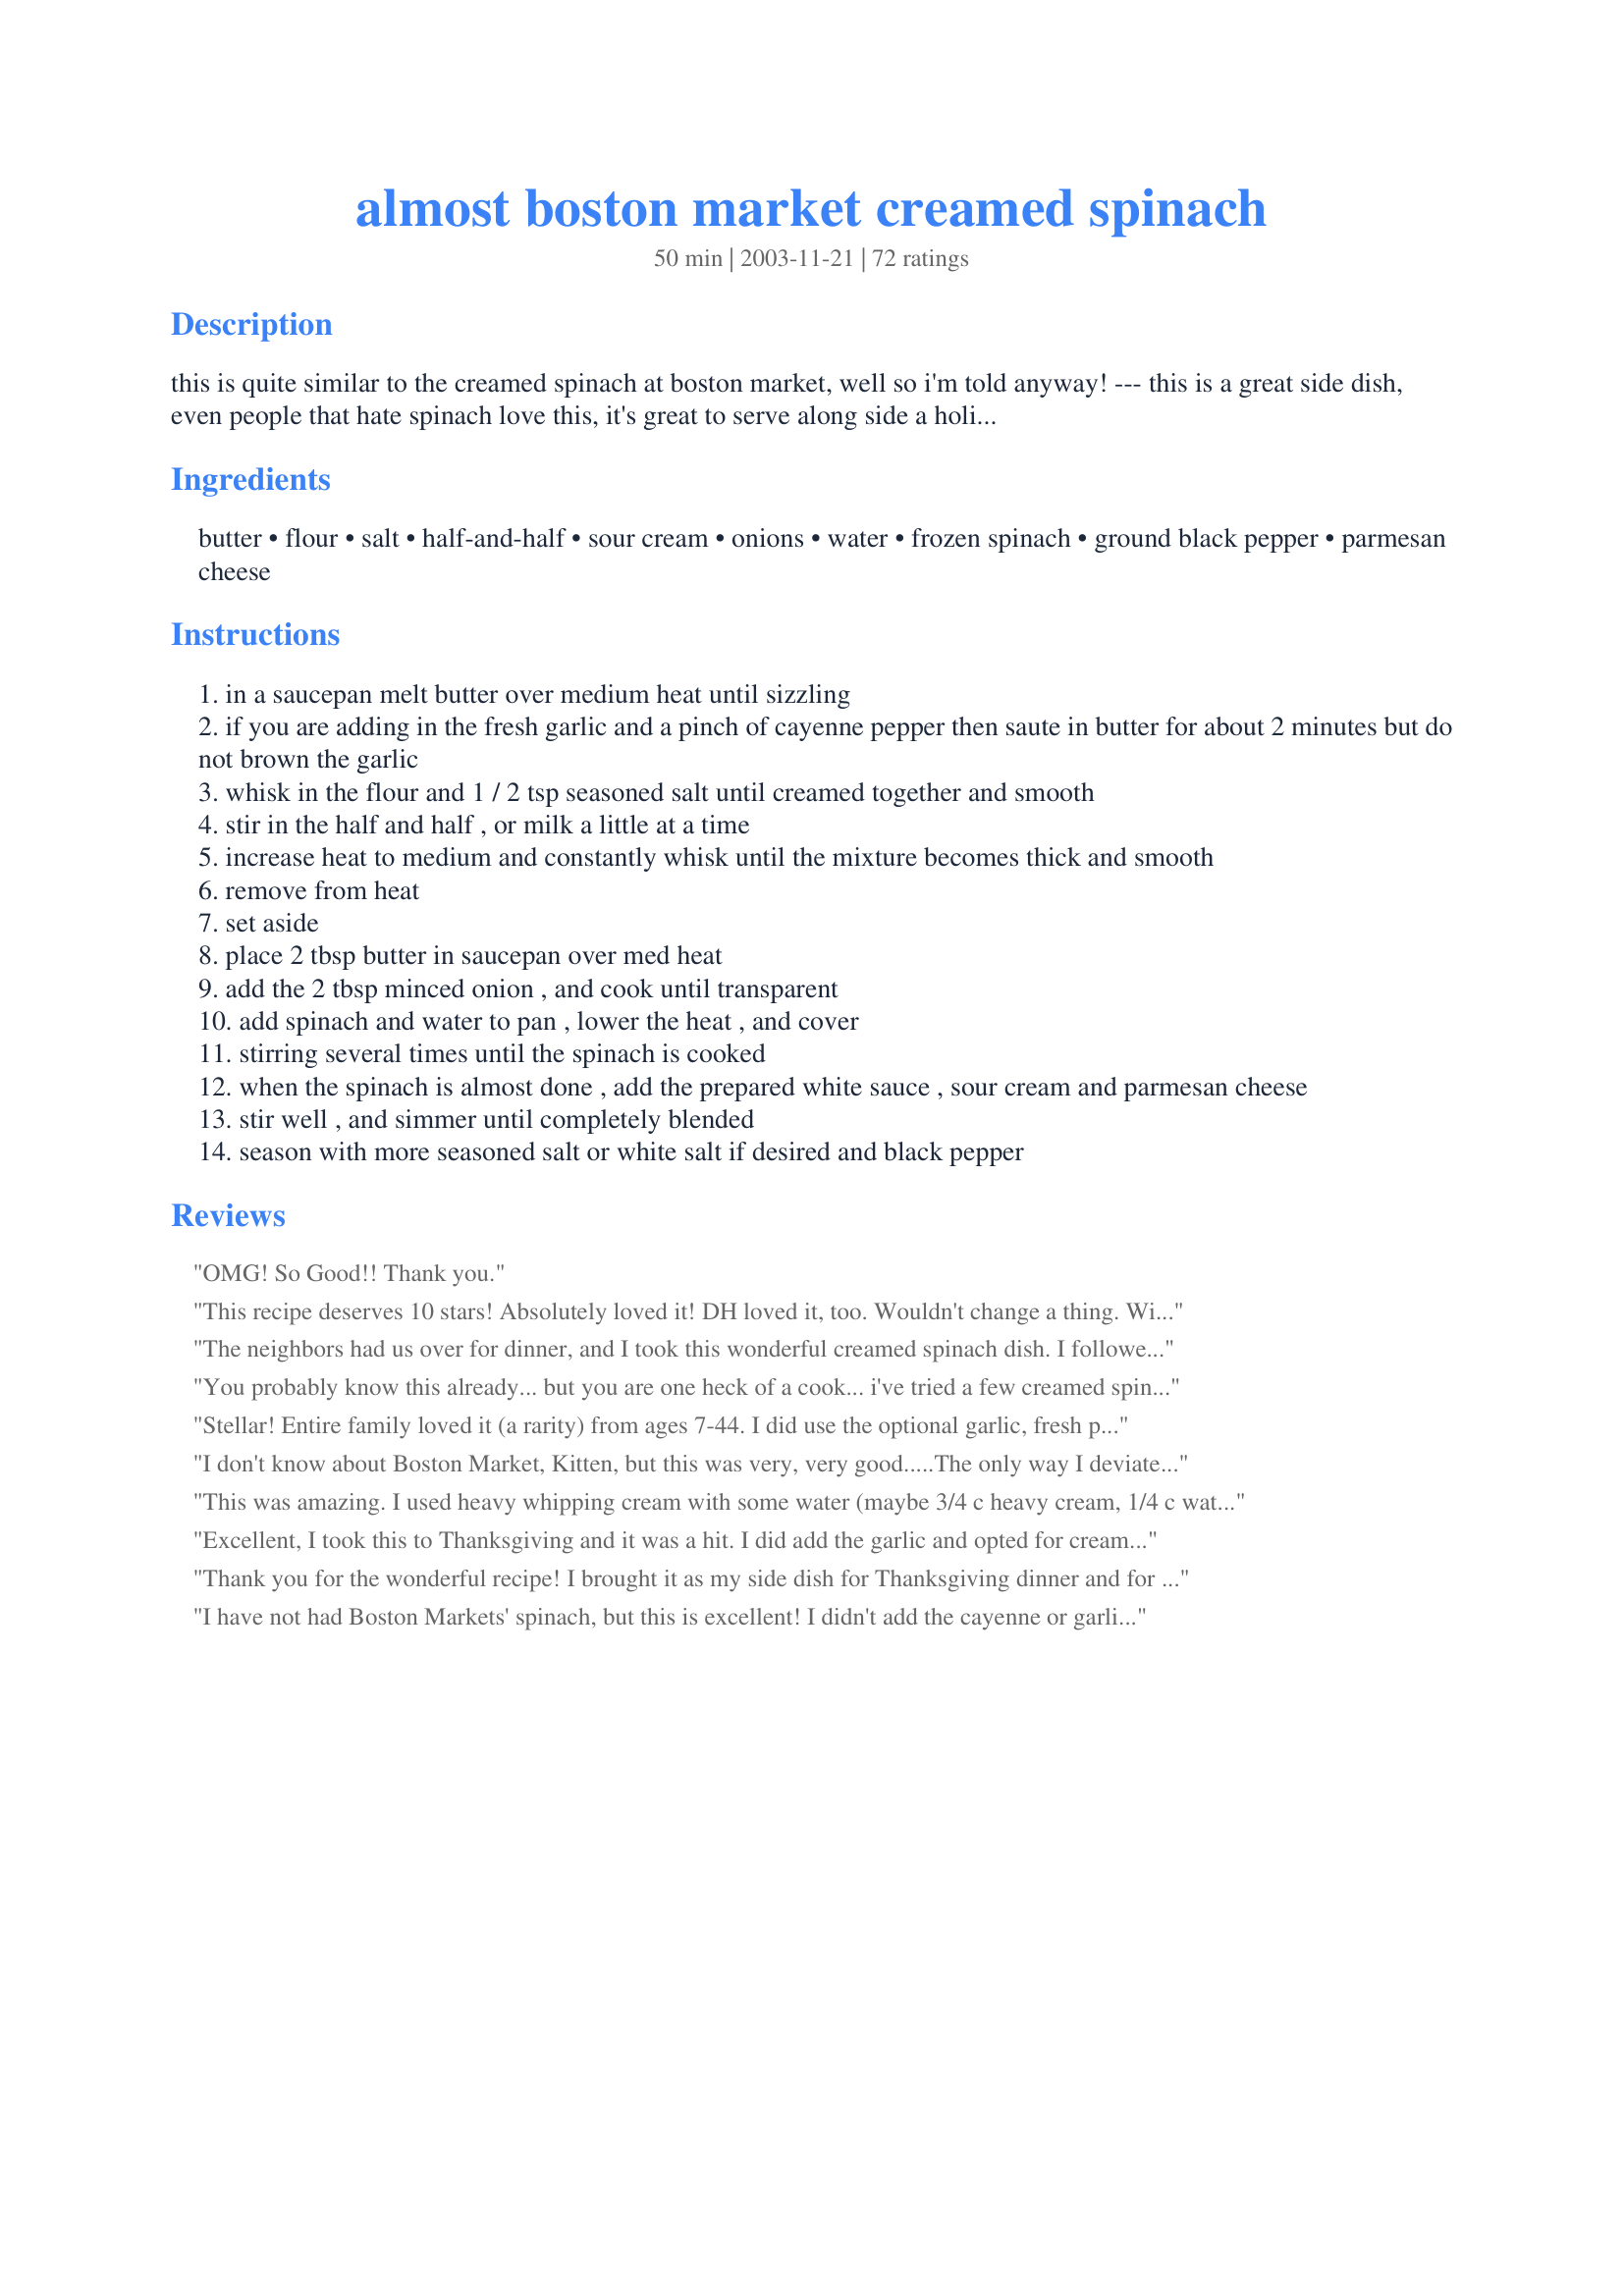
almost boston market creamed spinach
Preparation time: 50 minutes

this is quite similar to the creamed spinach at boston market, well so i'm told anyway! --- this is a great side dish, even people that hate spinach love this, it's great to serve along side a holiday turkey or a ham dinner, or at any meal --- i also like to saute about 2 teaspoons fresh minced garlic and a pinch of cayenne pepper in the butter for about 2 minutes before adding in the flour but that is optional, add in some grated parmesan cheese too if desired, this complete recipe can be doubled :)

Ingredients:
butter, flour, salt, half-and-half, sour cream, onions, water, frozen spinach, ground black pepper, parmesan cheese

Steps:
in a saucepan melt butter over medium heat until sizzling
if you are adding in the fresh garlic and a pinch of cayenne pepper then saute in butter for about 2 minutes but do not brown the garlic
whisk in the flour and 1 / 2 tsp seasoned salt until creamed together and smooth
stir in the half and half , or milk a little at a time
increase heat to medium and constantly whisk until the mixture becomes thick and smooth
remove from heat
set aside
place 2 tbsp butter in saucepan over med heat
add the 2 tbsp minced onion , and cook until transparent
add spinach and water to pan , lower the heat , and cover
stirring several times until the spinach is cooked
when the spinach is almost done , add the prepared white sauce , sour cream and parmesan cheese
stir well , and simmer until completely blended
season with more seasoned salt or white salt if desired and black pepper

Reviews:
OMG! So Good!! Thank you.
This recipe deserves 10 stars! Absolutely loved it! DH loved it, too. Wouldn't change a thing. Will definitely make this again and again and again! Thanks for a terrific recipe!
The neighbors had us over for dinner, and I took this wonderful creamed spinach dish. I followed the instructions exactly using 3 tablespoons of the minced onion...it was perfect for us. Everyone loved it and asked that I make it again. Thanks again.
 KittenCal for sharing. Yummmmmm!


You probably know this already... but you are one heck of a cook... i've tried a few creamed spinach recipes and of course yours is the best. Will try some garlic next time for a little more spice... but overall... my goodness.... tasty, tasty, tasty!
Stellar! Entire family loved it (a rarity) from ages 7-44. I did use the optional garlic, fresh parmesean cheese, and chipotle powder for the cayenne pepper. Also used home-sprouted flour for my flour. This will be a keeper and most likely win a spot on holiday menus, as I find it somewhat difficult to find "greens" recipes that all like. Thanks so much!
I don't know about Boston Market, Kitten, but this was very, very good.....The only way I deviated from the recipe was to really brown the butter, as I think it gives it a little bit of nutty taste, which I enjoy in creamed spinach. I did not use the cayenne, but did use some fresh roasted garlic I had made. I opted not to use the Parmesan. Will have this again, and soon! Thnx for posting.
This was amazing. I used heavy whipping cream with some water (maybe 3/4 c heavy cream, 1/4 c water), forgot the onion so used onion powder, didn&#039;t add sour cream and didn&#039;t add any extra water because I didn&#039;t drain my spinach. I also used less than a 1/4 c of parmesan, but didn&#039;t measure. We both loved it!
Excellent, I took this to Thanksgiving and it was a hit. I did add the garlic and opted for cream cheese instead of sour cream. Plus a little cayenne pepper in the sauce for extra flavor. I am planning on making this again for Christmas
Thank you for the wonderful recipe!
I brought it as my side dish for Thanksgiving dinner and for a friend's Christmas dinner. My family and friend's loved it, so I am going to make it again for Christmas Eve dinner.
I have not had Boston Markets' spinach, but this is excellent! I didn't add the cayenne or garlic and it was perfect for my taste. Will be making this again! Made for I Recommend Holiday Tag.
Kittencal Bass....made this for company and received rave reviews. I added about 1/2 teaspoon nutmeg, gave it just a little zip. Thanks
Kitten this recipe was absolutely a spinach delight! My DH even enjoyed it and he is not a big fan of spinach. I used 2% milk and low fat sour cream. They worked perfectly. The only thing I added was 2 cloves of garlic, minced, and sauted in with the onions before adding the spinach. Very yummy and we will definitely be having this more often.
Turned out great to use in a casserole. Recipe #39125.
This is the first time I've made creamed spinach and it turned out great - I even made a smooth, creamy white sauce which is NOT the norm for me. Don't know what Boston Market taste like, but this one is great. I made as directed and used the optional garlic and cayenne as we love a bit of kick to ours - the taste of this reminded me of some we'd always get when eating out in Italy that we loved. Thanks Kitten for another great recipe.
This is an awesome recipe. It turned out great.
Kittencal - once again you are the best! This was incredible! Excellent! Phenomenal! Very very close to how I remember Boston Market creamed spinach only better. I added the garlic, but not the cayenne (to be honest, I forgot it). I discovered (too late) that someone used the last of my parmesan cheese and I substituted shredded cheddar with great results right before I discovered I was out of sour cream, too! I left it out as someone else said and didn't miss it - will probably try it with sour cream another time, though. Wonderful, easy and quick. We would give it more stars if we could! Thanks for sharing all of your great recipes!
Great recipe!! And sure enough...the spinach haters in my house LOVED this!I did add a cup of parmesan cheese to the sauce. It tastes like the Spinach Au Gratin at Ruth's Chris Steakhouse. Thanks for posting, Kittencal.
I had bought fresh spinach for a salad, but it froze in my fridge cause the temp was off. I have never liked cooked spinach, but had to find something to do with it so thought I'd give this recipe a try. OMG -- sooo good! I'm going to try in on my daughter-in-law who hates veggies - I think even she will love this. Thanks!

 bought for salad, but had a
Three words. O. M. G. I made this with sour dock from my garden, a horrible spinach-like plant that grows like a weed, but this elevated it to superstar status! I used all the optional ingredients, garlic, cayenne and parmesan. The only thing I would do differently next time is eliminate the sour cream. The white sauce is so incredibly yummy as is, there&#039;s no need for the tang of the sour cream. Thanks!
I made this using fresh spinach. It was quite good.
I omitted the parmesan cheese and this was way too bland. I would add another 1/2 tsp. of salt next time or add the cheese. I will try it again.
This creamed spinach recipe was good and we enjoyed it very much. I have never tried Boston Market's version of creamed spinach so I can't really make a comparison. I think the sauce was very good, but was not as flavorful as I expected. DH enjoyed it and gave it a thumbs up! Will definitely make this dish again. Made for Best of 2012 tag.
I used 14 oz of fresh spinach (ran out) and omitted the water. This is the best creamed spinach I've ever tasted!!!
Gorgeous! Had to add quite a bit of parmesan, but even finished up the leftovers for breakfast, on a toasted muffin with a poached egg. Didn't have any sour cream so just left it out
Expect to hear many compliments when you serve this wonderful dish! It is positively wonderful! I used fresh spinach and added a touch more half and half because my white sauce became a little too thick. Step #7 says to add "2 TBS minced onion" and I was a little confused as to where the other TBS of onion went, but I added it anyway ; ). I highly recommend this delicious recipe! Thanks Kittencal!!
DH's comment was this was better than any steakhouse. THE PICKY ONE didn't like it. I LOVED it but wish I had the parm to add..it needed more seasoning. Perhaps a dash of nutmeg would be good, too. My 7yo liked it, too. This could easily become a staple. Feel better asap. ((HUGS)) DPG Bethie
Oh my !!!
I wish I could give this 10 stars. I loved this so much. Everyone enjoyed it. I think it tasted very similar to and better than Boston Markets. I will make this again for sure. I used seasoned salt, whole milk, and didn&#039;t add garlic or cayenne. It was delicious!
Yep...this recipe is just the best for creamed spinach. Following the recipe as written, the finished dish came out just perfect...not too thin and not too thick. I added a dash of cayenne for a little zip, and used it as a bed for slices of salmon loaf...a delicious combination. This goes in my cookbook to stay.

as with all of kittencal's recipe, this was delicious and easy to make. we had it with the barefoot contessa's steakhouse strip steaks and it was better(and cheaper) than mortons or flemings steakhouse. i followed the directions to the t and it was very, very good. better even the next day. as for trying to cut down fat and calories, oh well, life is meant to be enjoyed, even if it is only for one fabulous meal a week.
Fabulous! I didn't use all of the white sauce and it was still perfect!
My family and I loved this dish. I did u use heavy whipping cream instead of half and half and plain Greek yogurt instead of sour cream and it turned out amazing.
Loved this! I used fresh spinach, steamed int he bag microvave, and used milk (had no cream). I added extra parm cheese to make up for the fat and calories saved from the cream. lol Very good! Will become a regular in my cookbook.
This was so good! Made as written and added garlic and a dash of nutmeg. Will definitely make again!
This was a beautiful dish and the whole family ate it. I was worried the white sauce was too thick after I cooked it but after everything was added together it thinned out and made it perfect.
I've cooked this recipe about half a dozen times now. My family loves it. This recipe is incredibly good. I use garlic, as mentioned in the notes, but I don't use the cayenne pepper because my daughter doesn't like spicy foods. Once I tried using heavy cream but the sauce broke, so I recommend using the recommended half-and-half for rich flavor which is more forgiving than heavy cream. As Julia Child says, bon appetit!
Really great!
Wonderful recipe, even my spinach hating husband loved it. Almost indistinguishable in flavor and texture from Boston Market's creamed spinach.
Somehow I managed to mess up this recipe. I was left with a flour after tasts. I ate it two days later and its tasted great. I will definitely try it again.
I just made this .... and I love it ! I didn't have any frozen spinach just a few cups of fresh ; and added 1 minced garlic clove .I'm going to try it with peas !! Thank you !
Love this recipe! First time making cream spinch and it was fast and easy and turned out great. I used fresh spinch and buttermilk. Did not have sour cream. I love the hint of spicy the cayenne pepper added. Will definitely make again. This cream might be good over chicken breast. Thanks!
I was looking for something to make tonight to go with Recipe #19337 and when I opened the freezer, all I had was a box of frozen chopped spinach. So, I looked for a spinach recipe and voila! Kittencal comes through again! This was very easy to make and it was so delicious. My husband went back for seconds! Oh and it was a great match with the crab cakes. Thanks!
Delicious and easy to make....I will make this again soon! Thanks for posting this recipe :O)
Yum! Thia was my first attempt at homemade creamed spinach and it was easier than I thought it would be. I wasn't going to add any parmesan but at the end felt like it needed something so I did add the cheese. It really set over the top! This is absolutely fantastic, much better than anything I've ever had from a restaurant or store. Thanks for posting this winner Kitten!
This makes a wonderfully creamy side dish. I used organic chard for the spinach and it was perfect. Used lots of black pepper.
I grew up eating the creamed spinach at Boston Market (far enough back when it was Boston Chicken) and I would say that I was ready to be disappointed. When I read the recipe, it seemed to lack the spice element I would expect. I stuck close to the recipe except for the addition of a 1/2tsp of paprika and a dash of nutmeg to the onions. Instead of water, I used white wine, and finished off with an extra 50% of cheese. In the end, it was very flavorful and didn&#039;t need comparison; it was tasty in its own right.
This was delicious! Even my kids loved it. I did add some fresh garlic and cayenne pepper to the butter. Served with steak and garlic bread. Thanks for sharing!
This was awesome. Identical to the real thing, thanks.
Yaaaayyy!!! KittenCal, I love this!! I mean, wow, it turned out perfectly! I cut the entire recipe in half, and no trouble whatsoever. Next time though, I think I'll sub half of the half and half for milk, just to lighten up the recipe a bit. But overall, I can't believe how close this is to boston market's creamed spinach. Bf absolutely loved it--with recipes like this, my two-days-a-week-vegetarian plan is a piece of cake. No meat was missing at our table tonight--this spinach was the star! Thanks so much KittenCal--if I'm looking for a killer dish, I always know whose recipes to look up!
4 Stars, very tasty, but the sour cream detracted a tad, perhaps cream cheese or even mascarpone would work better? Made 1/2 recipe, due to DH's departure for hunting and prior overdose on spinach, and used fat-free half and half. The sauce does seem too thick, but it ended up just right as Marmish said. This was very good, but I want to tweak some more. Thanks for posting, Kittencal! Made for Cookbook Tag.
Made a few other ones claiming to be a knock off, but THIS ONE IS TREMENDOUS!!! 5 STAR ALL THE WAY :)
Excellent dish. My family loves creamed spinach and your recipe was no exception. I did add 1/2 a package of onion soup mix to the sauce but otherwise followed your recipe. Thank you for sharing with us. This is a repeat recipe for sure.
Great creamed spinach recipe! Delicious made just as directed, and also after I added a handful of shredded cheese. Thanks for a great recipe!
I have made this twice and both times it has come out fantastic. The first time I followed the recipe but added about 2oz. of cream cheese. Today, I decided to cook the onions in some leftover bacon grease from breakfast and it came out amazing! I didn't add any cream cheese this time because I didn't have any. This is definitely a dish I will make often!
This was a fast, simple, pretty side dish. I used cream instead of 1/2 and 1/2 and omitted the sour cream because I didn't have any. I considered subbing yogurt, but it was delicious as it was. Some might prefer the tangy sour cream to cut the richness. The sauce seemed too thick at first, but when the spinach was added, it thinned slightly and was the perfect consistency. I will make this again, soon!
Just made for dinner as creamed spinach pasta dish. Tastes awesome.
This was good and fairly easy to make. The next time I make this I will use fresh spinach as I learned today that we really don&#039;t like frozen. I had never eaten or prepared frozen spinach. Thanks for a great recipe that I can adapt to fit our tastes Kittencal!
Mmmmm, good! Its been a very long time since I had the creamed spinach from Boston Market, so can't really compare. Nevertheless, this was absolutely delicious!!! Not an everyday dish (ouch, my heart!) but a real treat once in a while!
This was yummy and easy! I added garlic and used 1 percent milk. Thank you Kittenkal; I always know your recipes will be tasty!
this is sooooooooooooo good! and so close to the original too! i've made it for dinner and many a pot luck too. it's always a big hit. delish!
Made this for xmas eve dinner as one of the sides. Chose this recipe because it stated it was similar to boston markets and i can vouch that it does. Followed the recipe exactly and loved how it turned out. I was scared that it was going to be too salty since it was my first time trying this recipe, but it was perfect. Thanks for sharing this recipe. Its a keeper for future parties.
My family loves this recipe. They think it tastes like the real deal. Thanks a lot for sharing.
Yummm. I used fresh spinach that I had run through the water and set aside. It turned out that the washed spinach carried lots of water already that the 1/4 cup of water is an excess. So I will not add it next time. Other than that this dish is great!
Oh my goodness! This was delicious. My kids, who HATE spinach ate it up! When making the white sauce I kept stirring and stirring and it wasn't thicking and I was starting to wonder if I did something wrong but then all of a sudden it was very thick. So be patient! Definitely a keeper.
Yum! I kind of eyeballed it, about halving the recipe. At the last minute discovered I didn't have any sour cream, so subbed cottage cheese. Loved it! Thanks!
AMAZING! I followed it exactly. Wow!!! better than boston market, for sure...
Absolutely delicious. I make this in one pan... melt butter and add onion, cook till translucent and add garlic and a few dashes of hot sauce, then mix the flour into the cooked onions and follow recipe for the sauce. Then, I mix the spinach, parm, and sour cream right into the same pan. I also add this into cooked pasta or quinoa for a quick meal. I've tried it with half frozen spinach and half frozen kale and its equally good.
Very good recipe. I have a recipe that is very similar but this one is far easier to make. I did add about a 1/4 cup of grated parmesan cheese. Easy and delicious!! Thank you
I used fresh spinach. Made my steak dinner complete. Thanks
This recipe is better than Boston Market's! I prepared it just as stated but a little extra seasoned salt. Definitely use the black pepper.
This was another GREAT recipe from Kittencal. Everyone really loved this at dinner tonight. I served it with Prime Rib. Thank you for another keeper.
Excellent. Really enjoyed- will do again ( of course not every night for vegatable- although my family would love it). Thanks for another terrific recipe Kittencal
